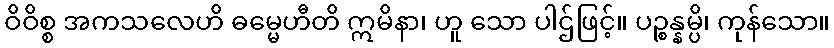
ဝိဝိစ္စ အကသလေဟိ ဓမ္မေဟီတိ ဣမိနာ၊ ဟူ သော ပါဌ်ဖြင့်။ ပဉ္စန္နမ္ပိ၊ ကုန်သော။